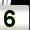
Digit: 5